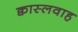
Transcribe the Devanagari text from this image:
क्वास्लवाह